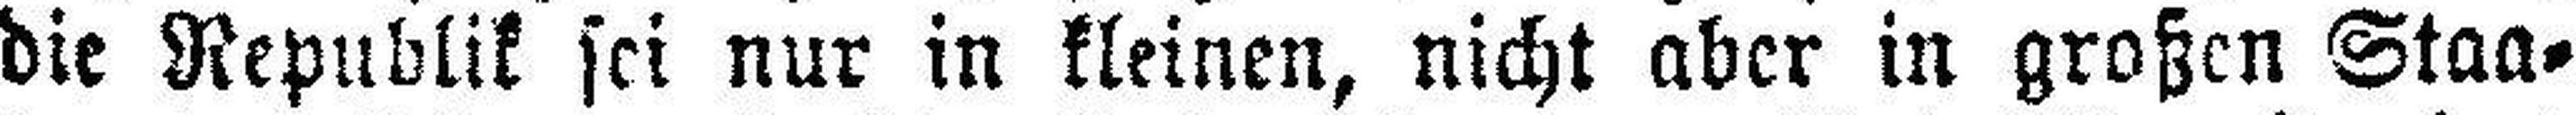
die Republik sei nur in kleinen, nicht aber in großen Staa¬